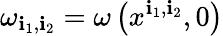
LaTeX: \omega_{\mathbf{i}_{1},\mathbf{i}_{2}}=\omega\left(x^{\mathbf{i}_{1},\mathbf{i}_{2}},0\right)